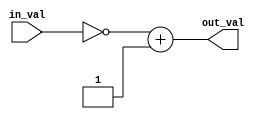
/*
E/16/388
lab 5 part 3
unit to get 2s complement of 8bit values
*/
`timescale 1ns/100ps
module converter(in_val, out_val);

	input [7:0] in_val;			//input value
	output reg[7:0] out_val;	//output 2s complement value

	always @(in_val)
	begin
	#1
	out_val = ~ in_val + 8'b00000001;	//2s complement conversion

	end

endmodule